Madras plague regulations in force outside the Presidency town - Volume 1
Disease focus: Plague
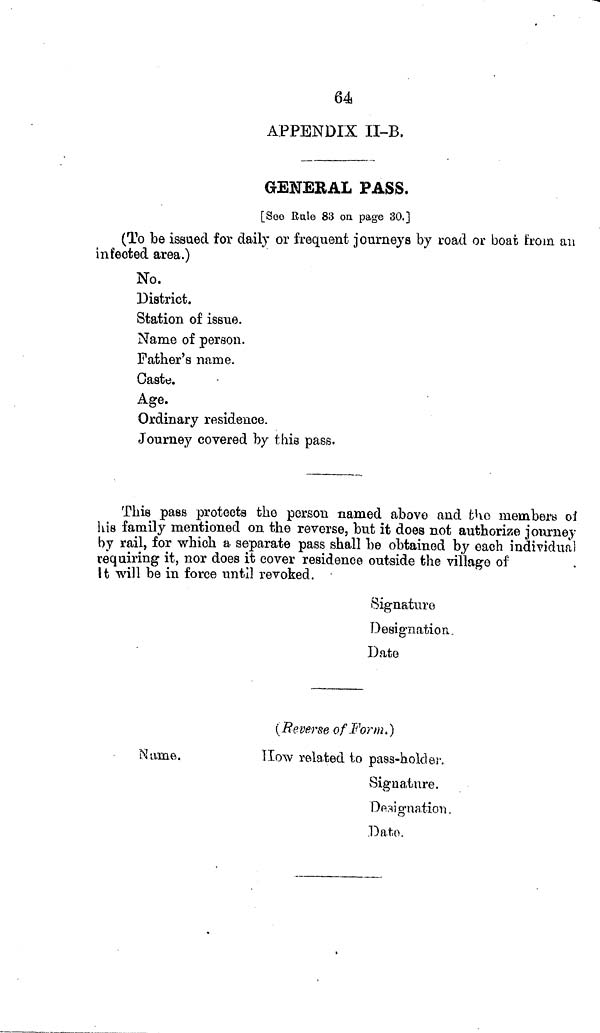
64
APPENDIX II-B.
GENERAL PASS.
[Seo Rule 83 on page 30.]
(To be issued for daily or frequent journeys by road or boat from an
infected area.)
No.
District.
Station of issue.
Name of person.
Father's name.
Caste.
Age.
Ordinary residence.
Journey covered by this pass.
This pass protects the person named above and the members oí
his family mentioned on the reverse, but it does not authorize journey
by rail, for which a separate pass shall be obtained by each individual
requiring it, nor does it cover residence outside the village of
It will be in force until revoked.
Signature
Designation.
Date
(Reverse of Form.')
Name.
llow related to pass-holder,
Signature.
Designation.
Dato.